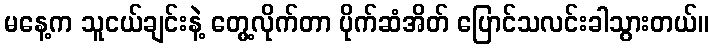
မနေ့က သူငယ်ချင်းနဲ့ တွေ့လိုက်တာ ပိုက်ဆံအိတ် ပြောင်သလင်းခါသွားတယ်။